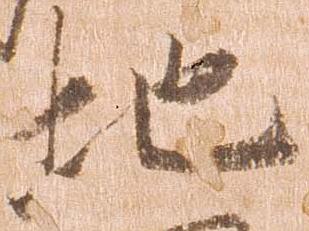
地